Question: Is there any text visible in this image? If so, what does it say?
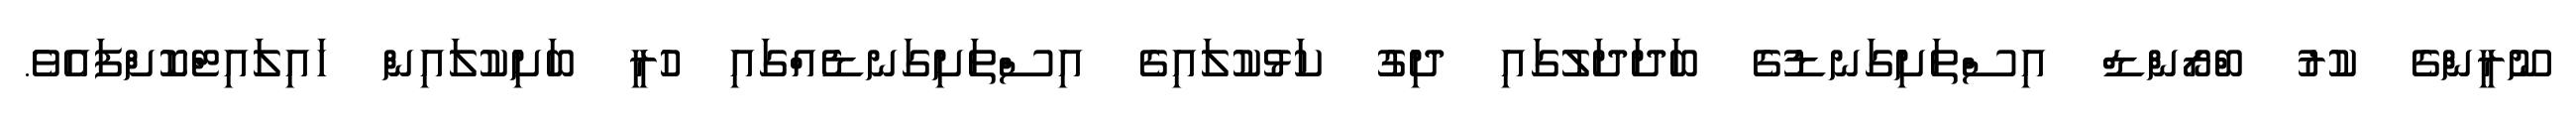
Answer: ނޫރީންގެ ކުރު ބްރޯންޑް އިސްތަށިގަނޑުގެ ބަދަދަލުގައި ދިގު ކަޅުކުލައިގެ އިސްތަށިގަނޑެއްގައި ހުރީ ބަށިކުލައިން ހައިލައިޓްކޮށްފައެވެ.